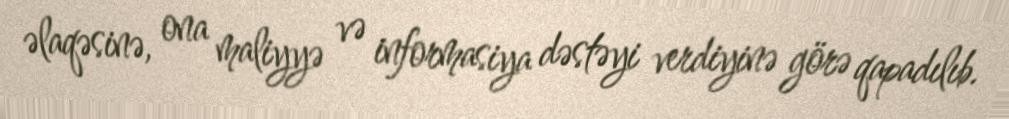
əlaqəsinə, ona maliyyə və informasiya dəstəyi verdiyinə görə qapadılıb.